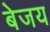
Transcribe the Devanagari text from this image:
बेजय